system: You are a helpful assistant.
user:
Analyze the provided spectrum to determine if it is a **White Dwarf (WD)**.

A White Dwarf spectrum is defined by its **extreme purity** (due to gravitational settling) and/or **extreme pressure broadening** (due to high surface gravity). You must check for one of the following mutually exclusive signatures:

- **Key Visual Indicators (Check for ONE of these types):**

    - **1. DA-Type Signature (Most Common):**
        - **(Primary Feature):** Extreme pressure broadening (Stark broadening) of the **Hydrogen (H) Balmer lines**.
        - **(Key Lines):** $H\beta$ (approx. $4861$ Å) and $H\gamma$ (approx. $4340$ Å). $H\alpha$ (approx. $6563$ Å) will also be present if the wavelength range covers it.
        - **(Line Profile):** This is the **defining feature**. The lines are **NOT** sharp. They appear as massive, **extremely broad and deep "troughs" or "dips"** in the spectrum, often hundreds of Ångströms wide. The continuum will appear to "scoop" down at these wavelengths.
        - **(Distinction):** Normal A-type or B-type stars have *narrow* and *sharp* Hydrogen lines. A DA White Dwarf's lines are unmistakably "smeared" or "blurry" from pressure.

    - **2. DB-Type Signature:**
        - **(Primary Feature):** Broad absorption lines from **Neutral Helium (He I)**. The spectrum must lack any visible Hydrogen lines.
        - **(Key Lines):** Look for broad absorption near $4471$ Å, $4921$ Å, and $5876$ Å.
        - **(Line Profile):** These lines are also significantly pressure-broadened, appearing much wider than they would in a normal B-type main-sequence star.

    - **3. DC-Type Signature:**
        - **(Primary Feature):** A **featureless continuous spectrum**.
        - **(Line Profile):** The spectrum is a smooth curve with **no significant absorption or emission lines**.
        - **(Key Confirmation):** The continuum is almost always **blue or white**, indicating a hot object. This signature implies the atmosphere is so pure (or so cool) that no spectral lines are visible in the optical range. Its WD identity is confirmed by its extremely low intrinsic brightness (high absolute magnitude).

    - **4. DZ-Type Signature (Metal-Polluted):**
        - **(Primary Feature):** **Isolated, narrow metal absorption lines** on an otherwise featureless (DC-like) continuum.
        - **(Key Lines):** The **Calcium (Ca II) H & K doublet** (approx. **$3934$ Å** and **$3968$ Å**) is the most common and defining feature.
        - **(Line Profile):** These lines are "out of place." They are *not* part of a "forest" of thousands of lines. This signature is evidence of recent *accretion* (pollution) from rocky debris.
        - **(Distinction):** Normal G/K/M stars have a *dense forest* of thousands of metal lines. A DZ has a *clean* continuum with *only a few* strong metal lines.

    - **5. DQ-Type Signature (Carbon-Polluted):**
        - **(Primary Feature):** Absorption bands from **Carbon (C₂ "Swan Bands" or atomic C I)**.
        - **(Key Lines - C₂):** Look for bandheads with a "saw-tooth" shape near $5635$ Å, **$5165$ Å** (strongest), and $4737$ Å.
        - **(Key Confirmation):** The underlying **continuum must be blue or white** (hot).
        - **(Distinction):** This is the critical difference from a **Carbon Star**, which has the *exact same* C₂ bands but on an extremely **red, cool** continuum.

- **(Overall Spectrum):**
    - The continuum (overall shape) is typically **blue-sloping** (brighter in the blue than the red), as most white dwarfs are very hot.
    - The spectrum will look "pure" or "simple," dominated by only *one* of the five signatures listed above.

Think first, call **spectral_visualization_tool** if needed to examine features in detail, then provide your final answer. Your response must adhere to the following strict rules:
1.  **Overall Structure:** Your response must follow the format `<think>...</think> <tool_call>...</tool_call> (if a tool is used) <answer>...</answer>`.
2.  **Tool Usage Constraint:** You may only make **one** tool call per turn.
3.  **Final Answer Format:** In the `<answer>` tag, your conclusion must be inside a `\boxed{}` command (e.g., `\boxed{YES}` or `\boxed{NO}`), followed by your justification.

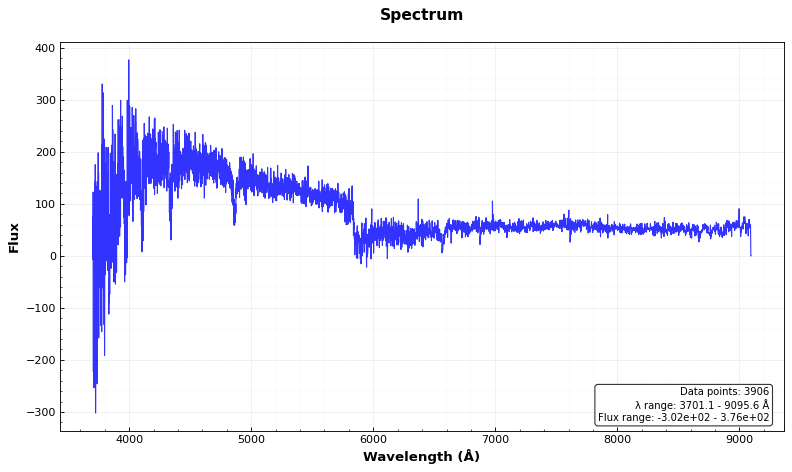
Answer: YES